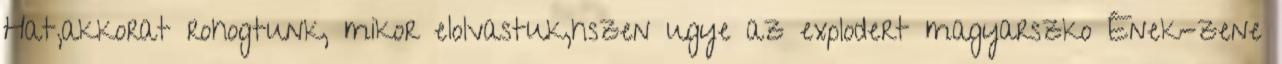
Hat,akkorat rohogtunk, mikor elolvastuk,hszen ugye az explodert magyarszko Ének-zene